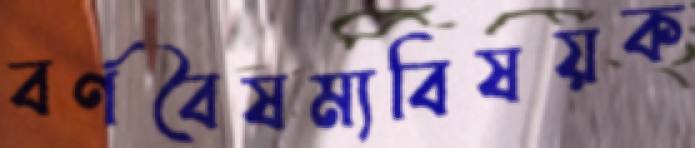
বর্ণবৈষম্যবিষয়ক